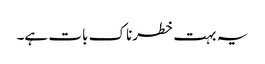
یہ بہت خطرناک بات ہے۔